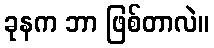
ခုနက ဘာ ဖြစ်တာလဲ။